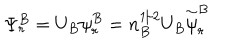
\Psi _ { r } ^ { B } = U _ { B } { \psi } _ { r } ^ { B } = n _ { B } ^ { 1 / 2 } U _ { B } \stackrel { \sim } { \psi } _ { r } ^ { B }